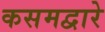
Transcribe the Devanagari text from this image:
कसमद्वारे